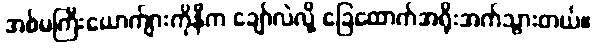
အစ်မကြီးယောက်ျားကိုနီက ချော်လဲလို့ ခြေထောက်အရိုးအက်သွားတယ်။